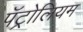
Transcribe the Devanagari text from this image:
पॅट्रोलियम